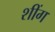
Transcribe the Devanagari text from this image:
शींग